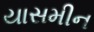
યાસમીન